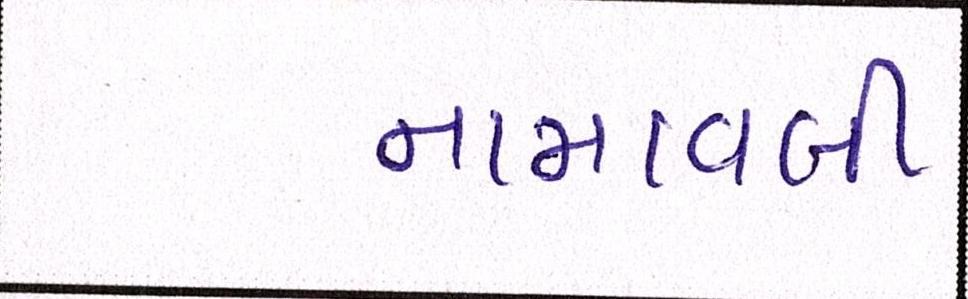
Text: નામાવલી